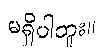
မရှိပါဘူး။